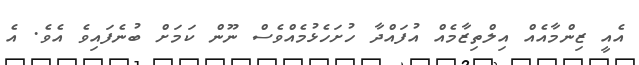
އެއީ ޒިންމާއެއް އިލްތިޒާމެއް އުފައްދާ ހުށަހެޅުމެއްވެސް ނޫން ކަމަށް ބުނެފައިވެ އެވެ. އެ